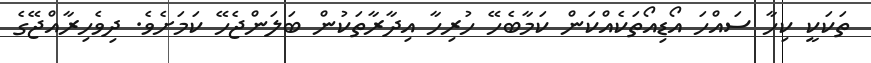
ތަކަކީ ކިހާ ސައްހަ އޯޑިއޯތަކެއްކަން ކަމާބެހޭ ހުރިހާ އިދާރާތަކުން ބަލަންޖެހޭ ކަމަށެވެ. ދިވެހިރާއްޖޭގެ